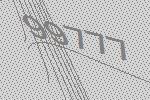
99777